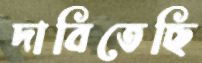
দাবিতেছি